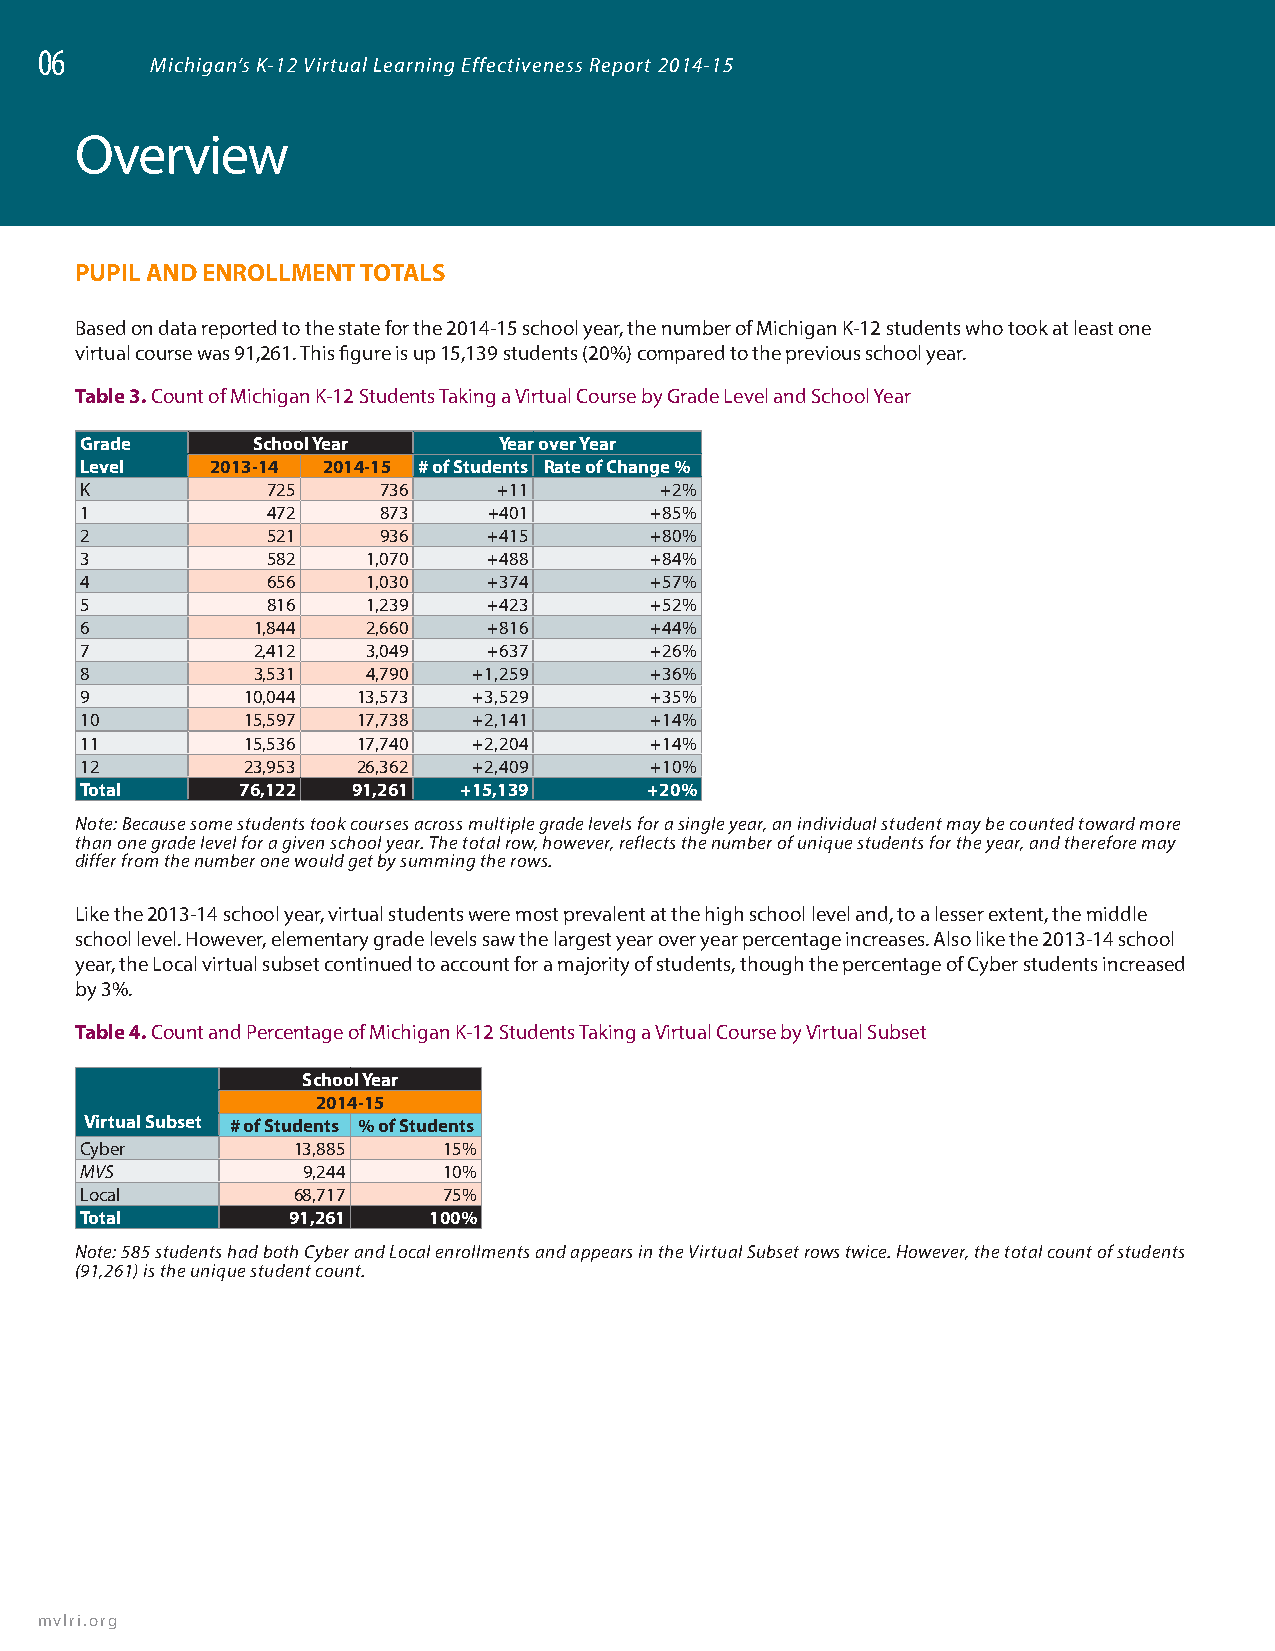
06
 Michigan’s K-12 Virtual Learning Effectiveness Report 2014-15
 06
 Overview
 PUPIL AND ENROLLMENT TOTALS
 Based on data reported to the state for the 2014-15 school year, the number of Michigan K-12 students who took at least one
 virtual course was 91,261. This figure is up 15,139 students (20%) compared to the previous school year.
 Table 3. Count of Michigan K-12 Students Taking a Virtual Course by Grade Level and School Year
 Grade       School Year     Year over Year
 Level    2013-14 2014-15 # of Students Rate of Change %
 K            725    736     +11        +2%
 1            472    873    +401       +85%
 2            521    936    +415       +80%
 3            582   1,070   +488       +84%
 4            656   1,030   +374       +57%
 5            816   1,239   +423       +52%
 6           1,844  2,660   +816       +44%
 7           2,412  3,049   +637       +26%
 8           3,531  4,790  +1,259      +36%
 9          10,044  13,573 +3,529      +35%
 10         15,597  17,738 +2,141      +14%
 11         15,536  17,740 +2,204      +14%
 12         23,953  26,362 +2,409      +10%
 Total      76,122 91,261 +15,139      +20%
 Note: Because some students took courses across multiple grade levels for a single year, an individual student may be counted toward more
 than one grade level for a given school year. The total row, however, reflects the number of unique students for the year, and therefore may
 differ from the number one would get by summing the rows.
 Like the 2013-14 school year, virtual students were most prevalent at the high school level and, to a lesser extent, the middle
 school level. However, elementary grade levels saw the largest year over year percentage increases. Also like the 2013-14 school
 year, the Local virtual subset continued to account for a majority of students, though the percentage of Cyber students increased
 by 3%.
 Table 4. Count and Percentage of Michigan K-12 Students Taking a Virtual Course by Virtual Subset
 School Year
 2014-15
 Virtual Subset # of Students % of Students
 Cyber         13,885    15%
 MVS            9,244    10%
 Local         68,717    75%
 Total         91,261   100%
 Note: 585 students had both Cyber and Local enrollments and appears in the Virtual Subset rows twice. However, the total count of students
 (91,261) is the unique student count.
 mvlri.org